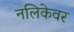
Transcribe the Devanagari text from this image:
नलिकेवर